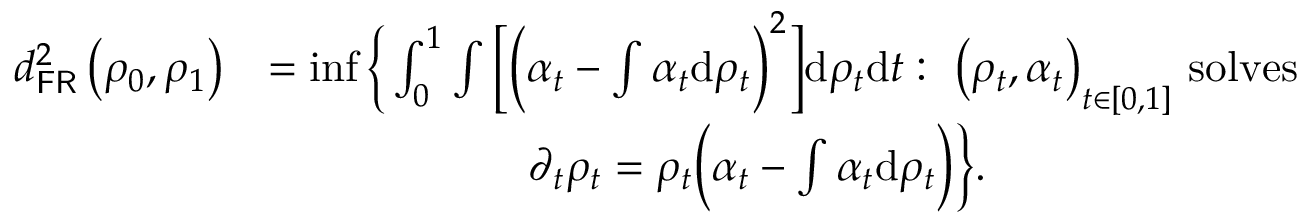
\begin{array} { r l } { d _ { \mathsf { F R } } ^ { 2 } \left( \rho _ { 0 } , \rho _ { 1 } \right) } & { = \operatorname* { i n f } \bigg \{ \int _ { 0 } ^ { 1 } \int \Big [ \Big ( \alpha _ { t } - \int \alpha _ { t } \mathrm { d } \rho _ { t } \Big ) ^ { 2 } \Big ] \mathrm { d } \rho _ { t } \mathrm { d } t : ~ \left( \rho _ { t } , \alpha _ { t } \right) _ { t \in [ 0 , 1 ] } \, \mathrm { s o l v e s } } \\ & { \qquad \qquad \qquad \partial _ { t } \rho _ { t } = \rho _ { t } \Big ( \alpha _ { t } - \int \alpha _ { t } \mathrm { d } \rho _ { t } \Big ) \bigg \} . } \end{array}